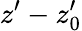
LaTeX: z^{\prime}-z_{0}^{\prime}